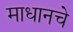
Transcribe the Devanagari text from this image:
माधानचे